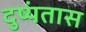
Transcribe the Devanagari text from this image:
दुष्यंतास